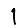
Digit: 1